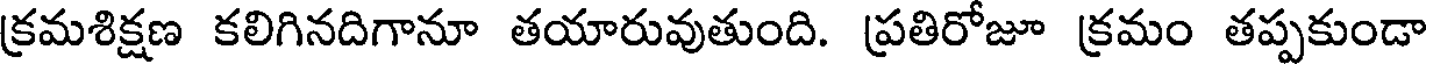
క్రమశిక్షణ కలిగినదిగానూ తయారువుతుంది. ప్రతిరోజూ క్రమం తప్పకుండా